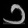
Digit: ၁